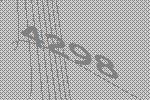
4298